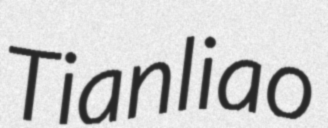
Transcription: Tianliao